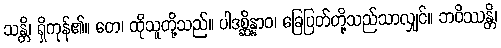
သန္တိ၊ ရှိကုန်၏။ တေ၊ ထိုသူတို့သည်။ ပါဒစ္ဆိန္နာဝ၊ ခြေပြတ်တို့သည်သာလျှင်။ ဘဝိဿန္တိ၊